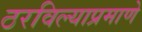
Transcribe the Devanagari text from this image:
ठरविल्याप्रमाणे